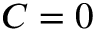
C = 0